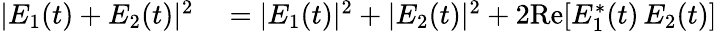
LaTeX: \begin{array}{rl}{|E_{1}(t)+E_{2}(t)|^{2}}&{{}=|E_{1}(t)|^{2}+|E_{2}(t)|^{2}+2\mathrm{Re}[E_{1}^{*}(t)\, E_{2}(t)]}\end{array}